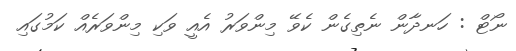
ނޯޓް : ހަނދާން ނެތިގެން ކެވޭ މިންވަރު އެއީ ވަކި މިންވަރެއް ކަމުގައި